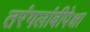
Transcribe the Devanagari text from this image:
तरंगलांबीपेक्षा